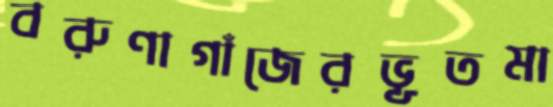
বরুণাগাঁজেরভূতমা